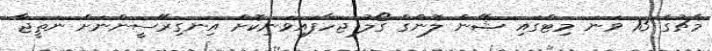
މެޗުގެ 13 ވަނަ މިޓްގައި ޝޭން ލޮންގް ގޯލު ޖަހާފައިވަނިކޮށް އިނގިރޭސީންނަށް ނަތީޖާ